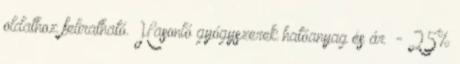
oldathoz feliratható. Hasonló gyógyszerek hatóanyag és ár - 25%